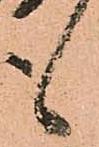
も